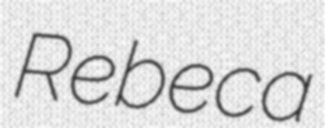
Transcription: Rebeca